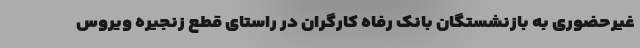
غیرحضوری به بازنشستگان بانک رفاه کارگران در راستای قطع زنجیره ویروس